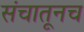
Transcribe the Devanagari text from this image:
संचातूनच